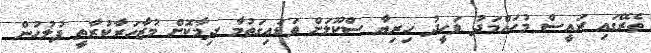
ތެރޭގައި ރައީސް މުހައްމަދު ވަހީދު ހިރިޔާ ސްކޫލަށް ވަޑައިގަތުމާ ދިމާކޮށް މުޒާހަރާކުރާތީ ފުލުހުން